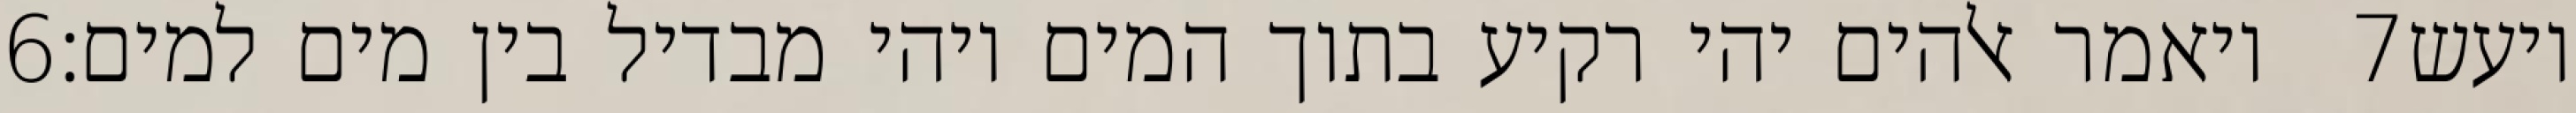
‎6‏ ויאמר אלהים יהי רקיע בתוך המים ויהי מבדיל בין מים למים׃ ‎7‏ ויעש